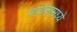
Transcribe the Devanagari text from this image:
गायनामध्ये